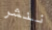
ننشر